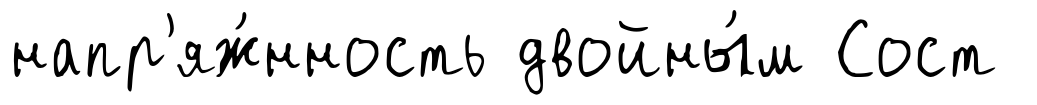
напр'яж́нность двойны́м Сост